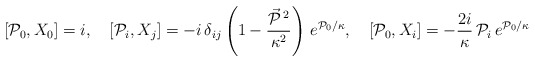
\begin{align*}[{\cal P}_0, X_0] = i, \quad [{\cal P}_i, X_j] = - i\, \delta_{ij} \left(1 - \frac{\vec{{\cal P}}\,{}^2}{\kappa^2}\right)\, e^{{\cal P}_0/\kappa}, \quad [{\cal P}_0, X_i] = -\frac{2i}\kappa\, {\cal P}_i\, e^{{\cal P}_0/\kappa}\end{align*}